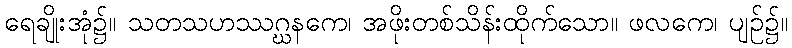
ရေချိုးအုံ၌။ သတသဟဿဂ္ဃနကေ၊ အဖိုးတစ်သိန်းထိုက်သော။ ဖလကေ၊ ပျဉ်၌။